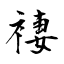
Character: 褄